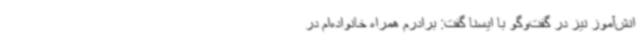
انش‌آموز نیز در گفت‌وگو با ایسنا گفت: برادرم همراه خانواده‌ام در